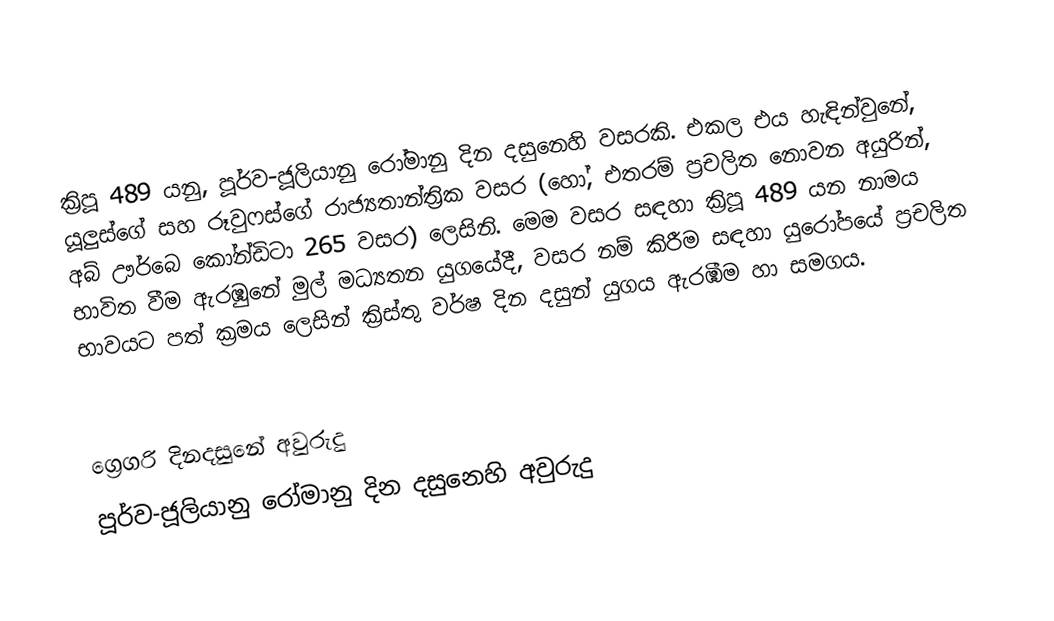

ක්‍රිපූ 489 යනු, පූර්ව-ජූලියානු රෝමානු දින දසුනෙහි වසරකි. එකල එය හැඳින්වුනේ, යූලුස්ගේ සහ රූවුෆස්ගේ රාජ්‍යතාන්ත්‍රික වසර (හෝ, එතරම් ප්‍රචලිත නොවන අයුරින්, අබ් ඌර්බෙ කෝන්ඩිටා 265 වසර) ලෙසිනි. මෙම වසර සඳහා ක්‍රිපූ 489 යන නාමය භාවිත වීම ඇරඹුනේ මුල්  මධ්‍යතන යුගයේදී, වසර නම් කිරීම සඳහා යුරෝපයේ ප්‍රචලිත භාවයට පත් ක්‍රමය ලෙසින් ක්‍රිස්තු වර්ෂ දින දසුන් යුගය ඇරඹීම හා සමගය.

ග්‍රෙගරි දිනදසුනේ අවුරුදු
පූර්ව-ජූලියානු රෝමානු දින දසුනෙහි අවුරුදු